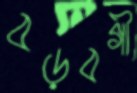
বড়বগী